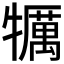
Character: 犡